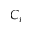
C _ { i }